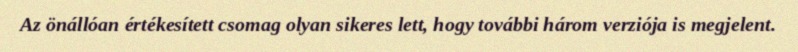
Az önállóan értékesített csomag olyan sikeres lett, hogy további három verziója is megjelent.